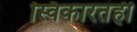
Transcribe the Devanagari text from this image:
स्विकारतही